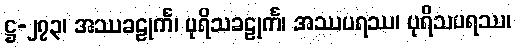
ဋ္ဌ-၂၇၃၊ အဿခဠုင်္က၊ ပုရိသခဠုင်္က၊ အဿပရဿ၊ ပုရိသပရဿ၊